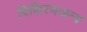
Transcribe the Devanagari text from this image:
विकिरणजन्य